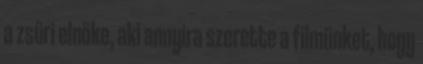
a zsűri elnöke, aki annyira szerette a filmünket, hogy